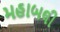
મહાબલી